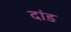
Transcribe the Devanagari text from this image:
दांड